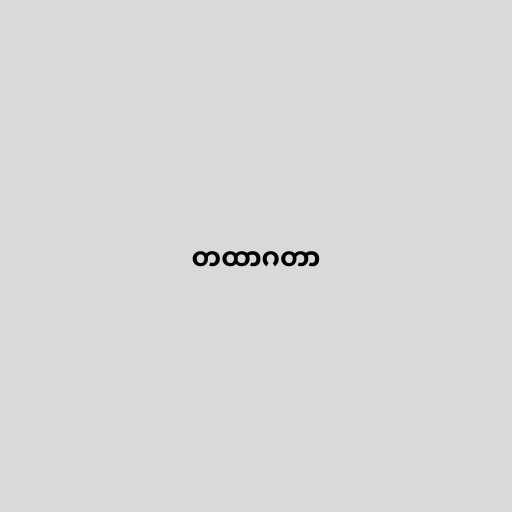
တထာဂတာ